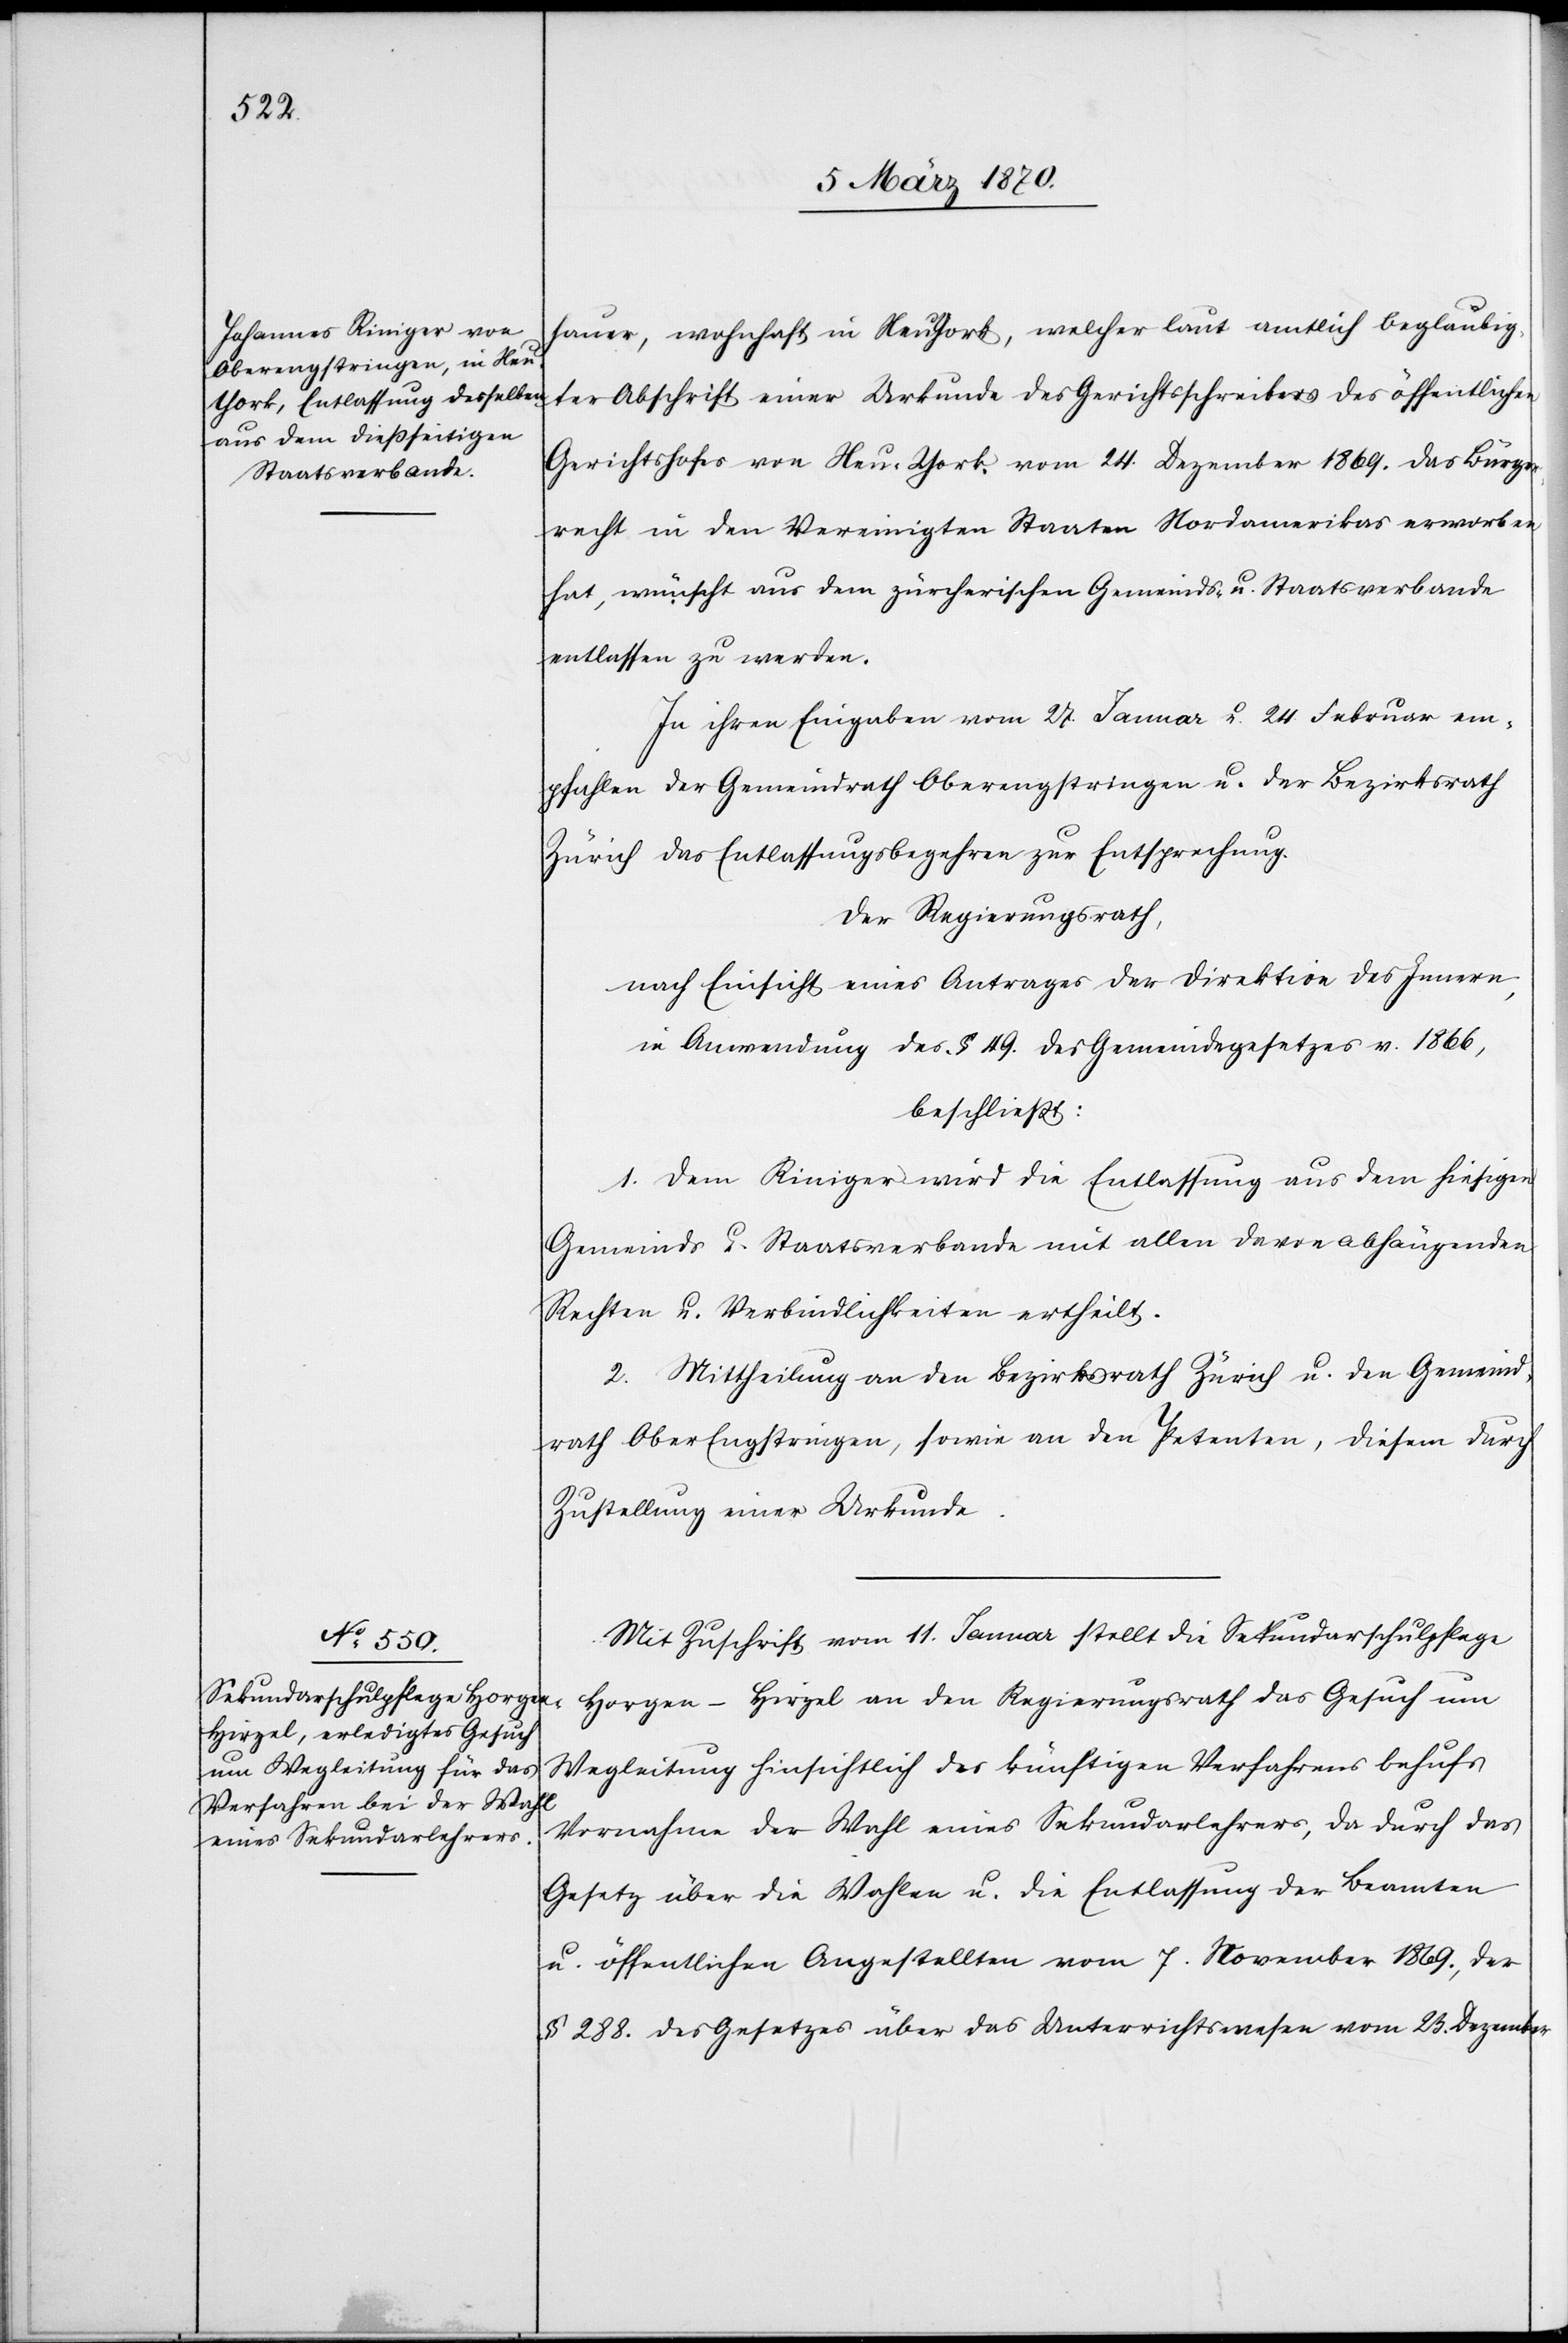
hauer, wohnhaft in Neu York, welcher laut amtlich beglaubig¬
ter Abschrift einer Urkunde des Gerichtsschreibers des öffentlichen
Gerichtshofes von Neu-York vom 24. Dezember 1869. das Bürger¬
recht in den Vereinigten Staaten Nordamerikas erworben
hat, wünscht aus dem zürcherischen Gemeinds- u. Staatsverbande
entlassen zu werden.
In ihren Eingaben vom 27. Januar u. 24. Februar em¬
pfahlen der Gemeindrath Oberengstringen u. der Bezirksrath
Zürich das Entlassungsbegehren zur Entsprechung.
Der Regierungsrath,
nach Einsicht eines Antrages der Direktion des Innern,
in Anwendung des § 49. des Gemeindegesetzes v. 1866,
beschließt:
1. Dem Riniger wird die Entlassung aus dem hiesigen
Gemeinds- u. Staatsverbande mit allen deren abhängenden
Rechten u. Verbindlichkeiten ertheilt.
2. Mittheilung an den Bezirksrath Zürich u. den Gemeind¬
rath Ober Engstringen, sowie an den Petenten, diesem durch
Zustellung einer Urkunde.
Mit Zuschrift vom 11. Januar stellt die Sekundarschulpflege
Horgen-Hirzel an den Regierungsrath das Gesuch um
Wegleitung hinsichtlich des künftigen Verfahrens behufs
Vornahme der Wahl eines Sekundarlehrers, da durch das
Gesetz über die Wahlen u. die Entlassung der Beamten
u. öffentlichen Angestellten vom 7. November 1869., der
§ 288. des Gesetzes über das Unterrichtswesen vom 23. Dezember